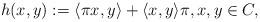
LaTeX: \begin{align*} h(x,y) := \langle \pi x, y \rangle + \langle x,y \rangle \pi, x,y \in C,\end{align*}